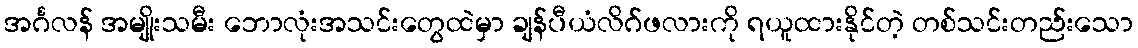
အင်္ဂလန် အမျိုးသမီး ဘောလုံးအသင်းတွေထဲမှာ ချန်ပီယံလိဂ်ဖလားကို ရယူထားနိုင်တဲ့ တစ်သင်းတည်းသော